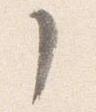
了